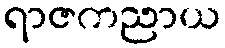
ရာဇကညာယ